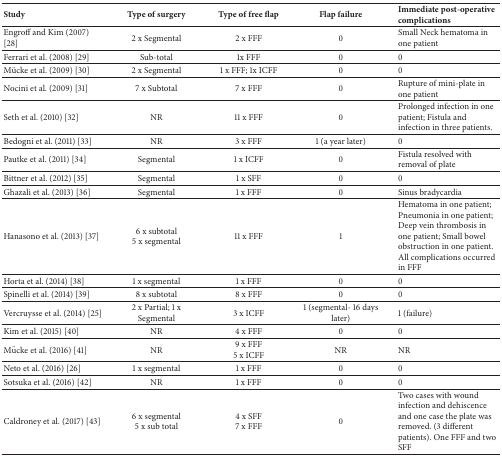
<table><thead><tr><td><b>Study</b></td><td><b>Type of surgery</b></td><td><b>Type of free flap</b></td><td><b>Flap failure</b></td><td><b>Immediate post-operative complications</b></td></tr></thead><tbody><tr><td>Engroff and Kim (2007) [28]</td><td>2 x Segmental</td><td>2 x FFF</td><td>0</td><td>Small Neck hematoma in one patient</td></tr><tr><td>Ferrari et al. (2008) [29]</td><td>Sub-total</td><td>1x FFF</td><td>0</td><td>0</td></tr><tr><td>Mücke et al. (2009) [30]</td><td>2 x Segmental</td><td>1 x FFF; 1x ICFF</td><td>0</td><td>0</td></tr><tr><td>Nocini et al. (2009) [31]</td><td>7 x Subtotal</td><td>7 x FFF</td><td>0</td><td>Rupture of mini-plate in one patient</td></tr><tr><td>Seth et al. (2010) [32]</td><td>NR</td><td>11 x FFF</td><td>0</td><td>Prolonged infection in one patient; Fistula and infection in three patients.</td></tr><tr><td>Bedogni et al. (2011) [33]</td><td>NR</td><td>3 x FFF</td><td>1 (a year later)</td><td>0</td></tr><tr><td>Pautke et al. (2011) [34]</td><td>Segmental</td><td>1 x ICFF</td><td>0</td><td>Fistula resolved with removal of plate</td></tr><tr><td>Bittner et al. (2012) [35]</td><td>Segmental</td><td>1 x SFF</td><td>0</td><td>0</td></tr><tr><td>Ghazali et al. (2013) [36]</td><td>Segmental</td><td>1 x FFF</td><td>0</td><td>Sinus bradycardia</td></tr><tr><td>Hanasono et al. (2013) [37]</td><td>6 x subtotal5 x segmental</td><td>11 x FFF</td><td>1</td><td>Hematoma in one patient; Pneumonia in one patient; Deep vein thrombosis in one patient; Small bowel obstruction in one patient. All complications occurred in FFF</td></tr><tr><td>Horta et al. (2014) [38]</td><td>1 x segmental</td><td>1 x FFF</td><td>0</td><td>0</td></tr><tr><td>Spinelli et al. (2014) [39]</td><td>8 x subtotal</td><td>8 x FFF</td><td>0</td><td>0</td></tr><tr><td>Vercruysse et al. (2014) [25]</td><td>2 x Partial; 1 x Segmental</td><td>3 x ICFF</td><td>1 (segmental- 16 days later)</td><td>1 (failure)</td></tr><tr><td>Kim et al. (2015) [40]</td><td>NR</td><td>4 x FFF</td><td>0</td><td>0</td></tr><tr><td>Mücke et al. (2016) [41]</td><td>NR</td><td>9 x FFF5 x ICFF</td><td>NR</td><td>NR</td></tr><tr><td>Neto et al. (2016) [26]</td><td>1 x segmental</td><td>1 x FFF</td><td>0</td><td>0</td></tr><tr><td>Sotsuka et al. (2016) [42]</td><td>NR</td><td>1 x FFF</td><td>0</td><td>0</td></tr><tr><td>Caldroney et al. (2017) [43]</td><td>6 x segmental5 x sub total</td><td>4 x SFF7 x FFF</td><td>0</td><td>Two cases with wound infection and dehiscence and one case the plate was removed. (3 different patients). One FFF and two SFF</td></tr></tbody></table>